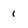
Character: 1